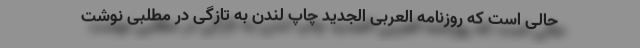
حالی است که روزنامه العربی الجدید چاپ لندن به تازگی در مطلبی نوشت